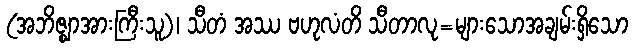
(အဘိဇ္ဈာအားကြီးသူ)၊ သီတံ အဿ ဗဟုလံတိ သီတာလု=များသောအချမ်းရှိသော